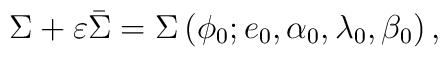
\Sigma +\varepsilon \bar{\Sigma}=\Sigma \left( \phi _{0};e_{0},\alpha_{0},\lambda _{0},\beta _{0}\right) ,